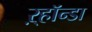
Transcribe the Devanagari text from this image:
ऱ्हॉन्डा